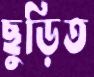
ছুড়িত